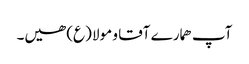
آپ ھمارے آقا و مولا (ع) ھیں۔